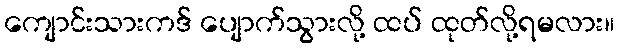
ကျောင်းသားကဒ် ပျောက်သွားလို့ ထပ် ထုတ်လို့ရမလား။